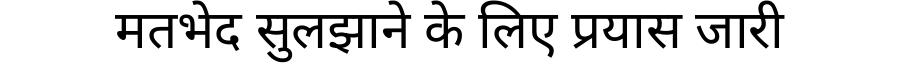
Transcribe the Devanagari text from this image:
मतभेद सुलझाने के लिए प्रयास जारी